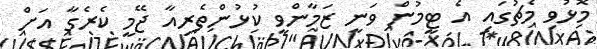
މޮޅުވި މެޗުގައި އެ ޓީމުން ވަނީ ޒަމާންވީ ކުޅުންތެރިއާ ޖޭމީ ކެރެގާ އަށް